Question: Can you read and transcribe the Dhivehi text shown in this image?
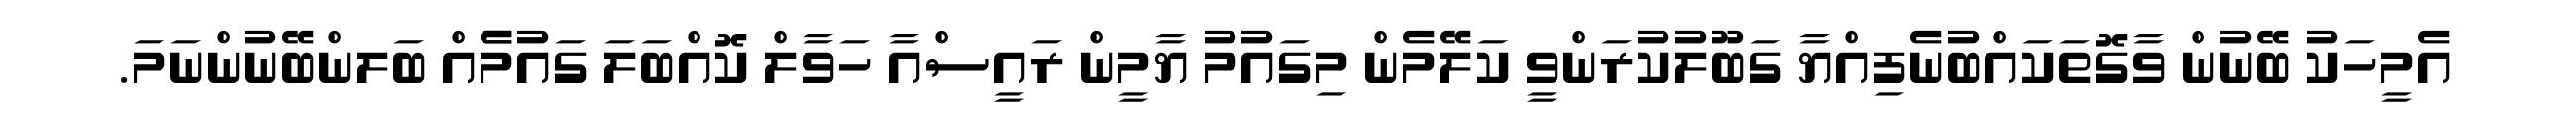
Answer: އެމީހަކު ބޭނުން ވާގޮތަކައްބުނެފިއްޔާ ގަބޫލުކުރަންވީ ކަލޭމެން މިގައުމު ޔާމީން ރައީސްއާ ހަވާލް ކޮއްބަލަ ގައުމެެއް ބަލންބޭނުންނަމަ.